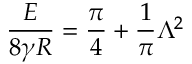
\frac { E } { 8 \gamma R } = \frac { \pi } { 4 } + \frac { 1 } { \pi } \Lambda ^ { 2 }